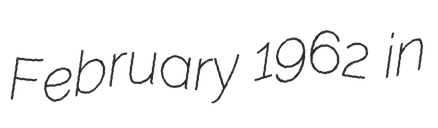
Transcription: February 1962 in